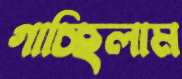
গাচ্ছিলাম